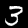
Digit: 3